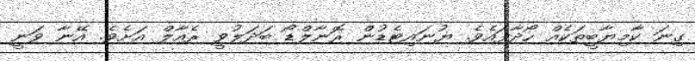
ގިނަ ކާމިޔާބީތަކެއް ހޯދާފައެވެ. ޔުނައިޓެޑުން ރޮނާލްޑޯ ބަދަލުވީ ރެއާލް އަށެވެ. އޭނާ ވަނީ